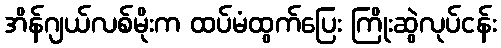
အိန်ဂျယ်လစ်မိုးက ထပ်မံထွက်ပြေး ကြိုးဆွဲလုပ်ငန်း